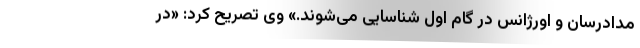
مدادرسان و اورژانس در گام اول شناسایی می‌شوند.» وی تصریح کرد: «در